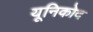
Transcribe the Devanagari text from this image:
यूनिकोद